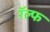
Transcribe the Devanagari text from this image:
रॅल्फ